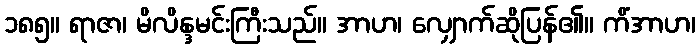
၁၈၅။ ရာဇာ၊ မိလိန္ဒမင်းကြီးသည်။ အာဟ၊ လျှောက်ဆိုပြန်၏။ ကိံအာဟ၊